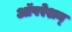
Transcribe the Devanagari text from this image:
ऑपरेशन्